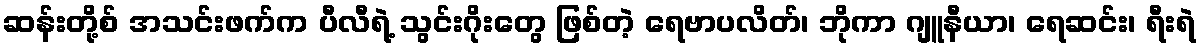
ဆန်းတို့စ် အသင်းဖက်က ပီလီရဲ့ သွင်းဂိုးတွေ ဖြစ်တဲ့ ရေဗာပလိတ်၊ ဘိုကာ ဂျူနီယာ၊ ရေဆင်း၊ ရီးရဲ